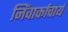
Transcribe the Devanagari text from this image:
निंवार्काचार्य